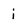
Character: i